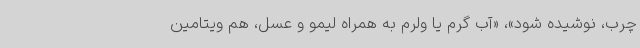
چرب، نوشیده شود»، «آب گرم یا ولرم به همراه لیمو و عسل، هم ویتامین